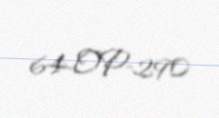
64-OP-290